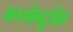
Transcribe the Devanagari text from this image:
अनओबट्रुसिव